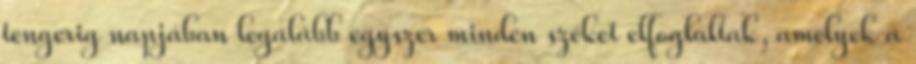
tengerig napjában legalább egyszer minden széket elfoglaltak, amelyek a